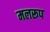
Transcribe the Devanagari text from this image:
मलरूप